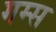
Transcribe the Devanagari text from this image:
गम्स